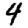
Digit: 4